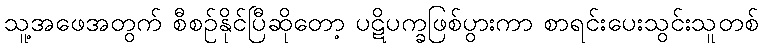
သူ့အဖေအတွက် စီစဉ်နိုင်ပြီဆိုတော့ ပဋိပက္ခဖြစ်ပွားကာ စာရင်းပေးသွင်းသူတစ်